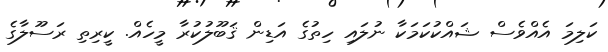
ކަލިމަ އެއްވެސް ޝައްކުކަމަކާ ނުލައި ހިތުގެ އަޑިން ޤަބޫލުކުރާ މީހެއް. ކީރިތި ރަސޫލާގެ